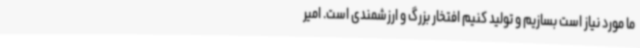
ما مورد نیاز است بسازیم و تولید کنیم افتخار بزرگ و ارزشمندی است. امیر